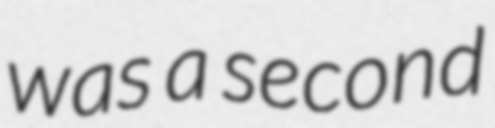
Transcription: was a second